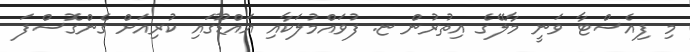
މި ފިއެސްޓާ ވަނީ މާލޭގެ އިތުރުން ޏ. ފުވައްމުލަކާއި އައްޑޫގައި ކުރިއަށް ގެންގޮސްފަ